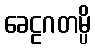
ခေဠဂတမ္ပိ